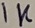
Text: 1K